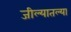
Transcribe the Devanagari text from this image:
जील्यातल्या